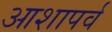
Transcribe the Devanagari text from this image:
आशापर्व